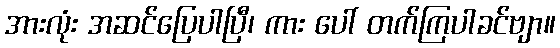
အားလုံး အဆင်ပြေပါပြီ၊ ကား ပေါ် တက်ကြပါခင်ဗျာ။